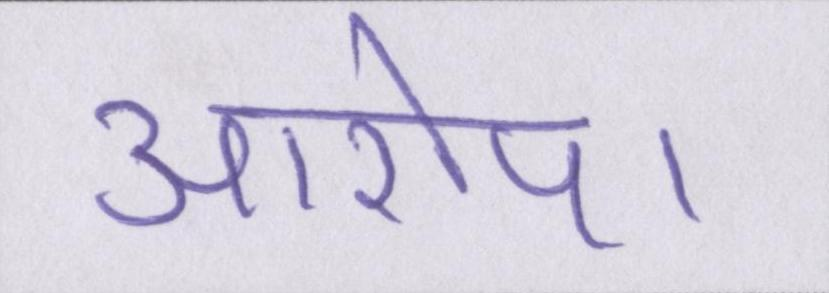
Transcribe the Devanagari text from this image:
आरोप।